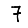
Digit: 7